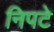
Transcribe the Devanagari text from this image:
निपटे